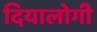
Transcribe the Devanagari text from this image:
दियालोगी